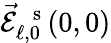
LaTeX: \vec{\mathcal{E}}_{\ell,0}^{\mathrm{~\, ~s~}}(0,0)